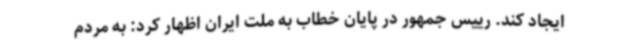
ایجاد کند. رییس جمهور در پایان خطاب به ملت ایران اظهار کرد: به مردم